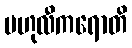
ဗဟုလီကရောတိ